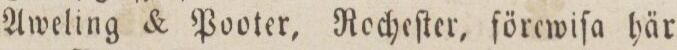
Aweling & Pooter, Rocheſter, förewiſa här